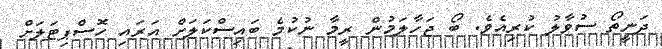
ދަނީތޯ ސުވާލު ކުރިއެވެ. ބޯ ޖަހާލަމުން ރީމާ ނުކުމެ ބައިސްކަލަށް އަރައި ހޮސްޕިޓަލަށް